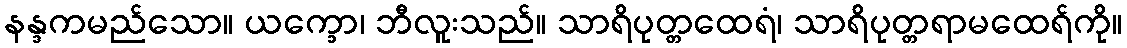
နန္ဒကမည်သော။ ယက္ခော၊ ဘီလူးသည်။ သာရိပုတ္တထေရံ၊ သာရိပုတ္တရာမထေရ်ကို။